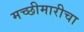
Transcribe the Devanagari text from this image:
मच्छीमारीचा